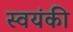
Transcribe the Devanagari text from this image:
स्वयंकी